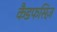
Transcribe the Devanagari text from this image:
कैडफसिज़